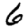
Digit: 6